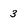
Character: 3